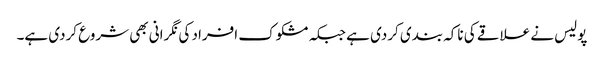
پولیس نے علاقے کی ناکہ بندی کردی ہے جبکہ مشکوک افراد کی نگرانی بھی شروع کردی ہے۔